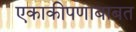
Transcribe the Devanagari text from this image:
एकाकीपणाबाबत